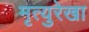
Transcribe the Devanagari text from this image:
मृत्युरेखा